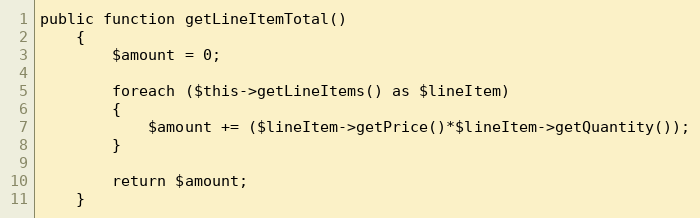
Language: PHP
public function getLineItemTotal()
    {
        $amount = 0;

        foreach ($this->getLineItems() as $lineItem)
        {
            $amount += ($lineItem->getPrice()*$lineItem->getQuantity());
        }

        return $amount;
    }